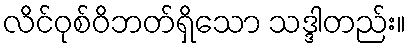
လိင်ဝုစ်ဝိဘတ်ရှိသော သဒ္ဒါတည်း။